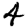
Digit: 4